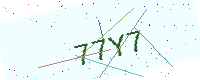
Text: 77Y7